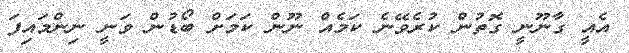
އެއީ ގާނޫނީ ގޮތުން ކުރެވޭނެ ކަމެއް ނޫން ކަމަށް ބޯޑުން ވަނީ ނިންމައިފަ